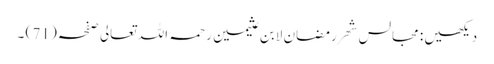
دیکھیں : مجالس شھر رمضان لابن عثیمین رحمہ اللہ تعالی صفحہ ( 71 ) ۔